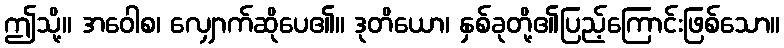
ဤသို့။ အဝေါစ၊ လျှောက်ဆိုပေ၏။ ဒုတိယော၊ နှစ်ခုတို့၏ပြည့်ကြောင်းဖြစ်သော။